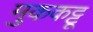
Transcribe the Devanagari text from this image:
मुककट्टू